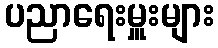
ပညာရေးမှူးများ